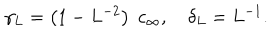
LaTeX: \gamma _ { L } = \left( 1 - L ^ { - 2 } \right) \; c _ { \infty } , \quad \delta _ { L } = L ^ { - 1 } .